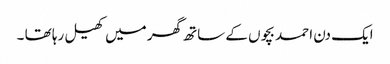
ایک دن احمد بچوں کے ساتھ گھر میں کھیل رہا تھا ۔